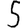
Digit: 5